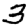
Digit: 3